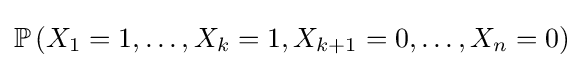
\mathbb {P} \left(X_{1}=1,\dots ,X_{k}=1,X_{k+1}=0,\dots ,X_{n}=0\right)